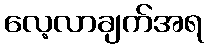
လေ့လာချက်အရ